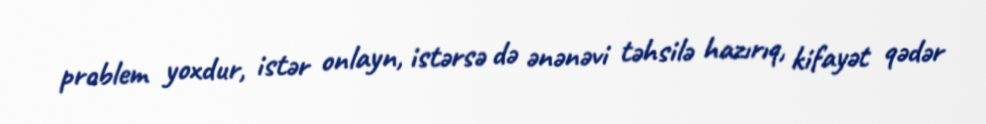
problem yoxdur, istər onlayn, istərsə də ənənəvi təhsilə hazırıq, kifayət qədər